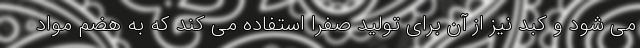
می شود و کبد نیز از آن برای تولید صفرا استفاده می کند که به هضم مواد